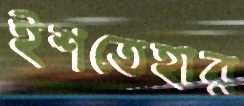
ইশতেহার